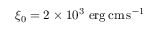
\xi _ { 0 } = 2 \times 1 0 ^ { 3 } ~ \mathrm { e r g \, c m \, s ^ { - 1 } }